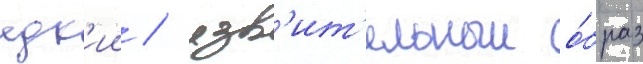
едк'ии / язв'ит'ельныи о́браз